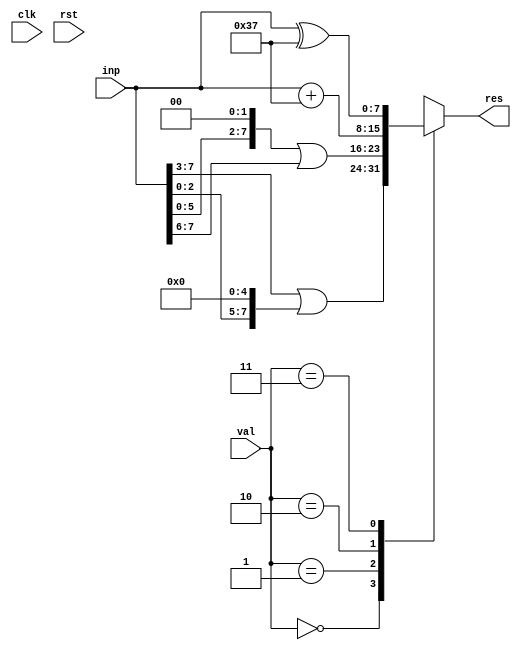
module magic(
  input clk,
  input rst,
  input[7:0] inp,
  input[1:0] val,
  output reg[7:0] res
);
  always @(*) begin
    case (val)
      2'b00: res = (inp >> 3) | (inp << 5);
      2'b01: res = (inp << 2) | (inp >> 6);
      2'b10: res = inp + 8'b110111;
      2'b11: res = inp ^ 8'd55;
    endcase
  end
endmodule